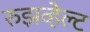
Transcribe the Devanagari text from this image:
रुझव्हेल्ट